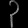
Digit: ၃